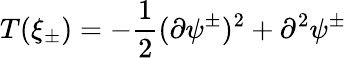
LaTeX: T(\xi_{\pm})=-\frac{1}{2}(\partial\psi^{\pm})^{2}+\partial^{2}\psi^{\pm}